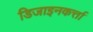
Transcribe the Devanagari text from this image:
डिजाइनकर्त्ता